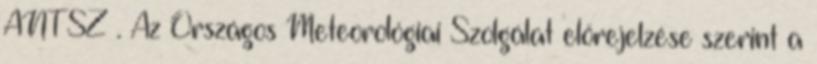
ÁNTSZ . Az Országos Meteorológiai Szolgálat előrejelzése szerint a